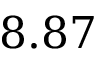
8 . 8 7